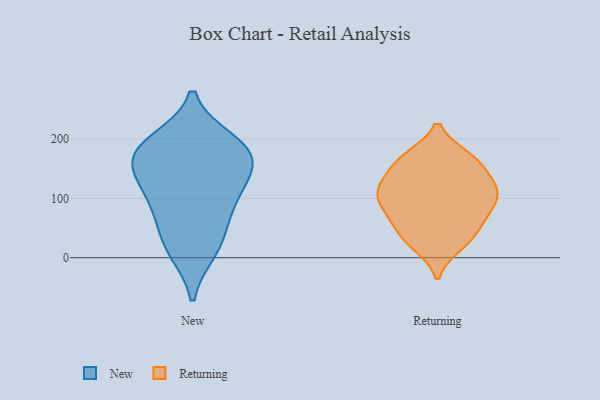
{"axis": {"x": "Latency (ms)", "y": "Value"}, "legend": ["New", "Returning"], "data": [{"x": "", "y": 160, "type": "New"}, {"x": "", "y": 23, "type": "New"}, {"x": "", "y": 126, "type": "New"}, {"x": "", "y": 195, "type": "New"}, {"x": "", "y": 173, "type": "New"}, {"x": "", "y": 122, "type": "New"}, {"x": "", "y": 182, "type": "New"}, {"x": "", "y": 67, "type": "New"}, {"x": "", "y": 91, "type": "New"}, {"x": "", "y": 13, "type": "New"}, {"x": "", "y": 180, "type": "New"}, {"x": "", "y": 100, "type": "Returning"}, {"x": "", "y": 74, "type": "Returning"}, {"x": "", "y": 21, "type": "Returning"}, {"x": "", "y": 134, "type": "Returning"}, {"x": "", "y": 116, "type": "Returning"}, {"x": "", "y": 165, "type": "Returning"}, {"x": "", "y": 55, "type": "Returning"}, {"x": "", "y": 36, "type": "Returning"}, {"x": "", "y": 21, "type": "Returning"}, {"x": "", "y": 116, "type": "Returning"}, {"x": "", "y": 168, "type": "Returning"}, {"x": "", "y": 93, "type": "Returning"}, {"x": "", "y": 169, "type": "Returning"}, {"x": "", "y": 48, "type": "Returning"}, {"x": "", "y": 104, "type": "Returning"}, {"x": "", "y": 95, "type": "Returning"}, {"x": "", "y": 167, "type": "Returning"}, {"x": "", "y": 70, "type": "Returning"}, {"x": "", "y": 119, "type": "Returning"}, {"x": "", "y": 141, "type": "Returning"}]}